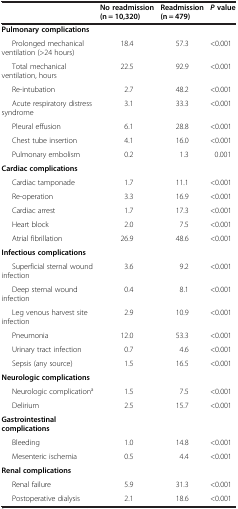
<table><thead><tr><td></td><td><b>No readmission (n = 10,320)</b></td><td><b>Readmission (n = 479)</b></td><td><b><i>P</i>value</b></td></tr></thead><tbody><tr><td><b>Pulmonary complications</b></td><td></td><td></td><td></td></tr><tr><td>Prolonged mechanical ventilation (&gt;24 hours)</td><td>18.4</td><td>57.3</td><td>&lt;0.001</td></tr><tr><td>Total mechanical ventilation, hours</td><td>22.5</td><td>92.9</td><td>&lt;0.001</td></tr><tr><td>Re-intubation</td><td>2.7</td><td>48.2</td><td>&lt;0.001</td></tr><tr><td>Acute respiratory distress syndrome</td><td>3.1</td><td>33.3</td><td>&lt;0.001</td></tr><tr><td>Pleural effusion</td><td>6.1</td><td>28.8</td><td>&lt;0.001</td></tr><tr><td>Chest tube insertion</td><td>4.1</td><td>16.0</td><td>&lt;0.001</td></tr><tr><td>Pulmonary embolism</td><td>0.2</td><td>1.3</td><td>0.001</td></tr><tr><td><b>Cardiac complications</b></td><td></td><td></td><td></td></tr><tr><td>Cardiac tamponade</td><td>1.7</td><td>11.1</td><td>&lt;0.001</td></tr><tr><td>Re-operation</td><td>3.3</td><td>16.9</td><td>&lt;0.001</td></tr><tr><td>Cardiac arrest</td><td>1.7</td><td>17.3</td><td>&lt;0.001</td></tr><tr><td>Heart block</td><td>2.0</td><td>7.5</td><td>&lt;0.001</td></tr><tr><td>Atrial fibrillation</td><td>26.9</td><td>48.6</td><td>&lt;0.001</td></tr><tr><td><b>Infectious complications</b></td><td></td><td></td><td></td></tr><tr><td>Superficial sternal wound infection</td><td>3.6</td><td>9.2</td><td>&lt;0.001</td></tr><tr><td>Deep sternal wound infection</td><td>0.4</td><td>8.1</td><td>&lt;0.001</td></tr><tr><td>Leg venous harvest site infection</td><td>2.9</td><td>10.9</td><td>&lt;0.001</td></tr><tr><td>Pneumonia</td><td>12.0</td><td>53.3</td><td>&lt;0.001</td></tr><tr><td>Urinary tract infection</td><td>0.7</td><td>4.6</td><td>&lt;0.001</td></tr><tr><td>Sepsis (any source)</td><td>1.5</td><td>16.5</td><td>&lt;0.001</td></tr><tr><td><b>Neurologic complications</b></td><td></td><td></td><td></td></tr><tr><td>Neurologic complication<sup>a</sup></td><td>1.5</td><td>7.5</td><td>&lt;0.001</td></tr><tr><td>Delirium</td><td>2.5</td><td>15.7</td><td>&lt;0.001</td></tr><tr><td><b>Gastrointestinal complications</b></td><td></td><td></td><td></td></tr><tr><td>Bleeding</td><td>1.0</td><td>14.8</td><td>&lt;0.001</td></tr><tr><td>Mesenteric ischemia</td><td>0.5</td><td>4.4</td><td>&lt;0.001</td></tr><tr><td><b>Renal complications</b></td><td></td><td></td><td></td></tr><tr><td>Renal failure</td><td>5.9</td><td>31.3</td><td>&lt;0.001</td></tr><tr><td>Postoperative dialysis</td><td>2.1</td><td>18.6</td><td>&lt;0.001</td></tr></tbody></table>